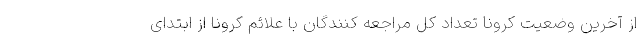
از آخرین وضعیت کرونا تعداد کل مراجعه کنندگان با علائم کرونا از ابتدای